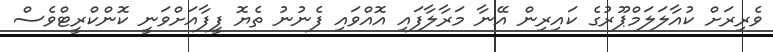
ވެރިރަށް ކުއާލަލަމްޕޫރުގެ ކައިރިން އޭނާ މަރާލާފައި އޮއްވައި ފެނުނު ތެޔޮ ފީފާއަށްވަނީ ކޮންކްރީޓްވެސް